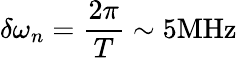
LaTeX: \delta\omega_{n}=\frac{2\pi}{T}\sim 5\mathrm{MHz}